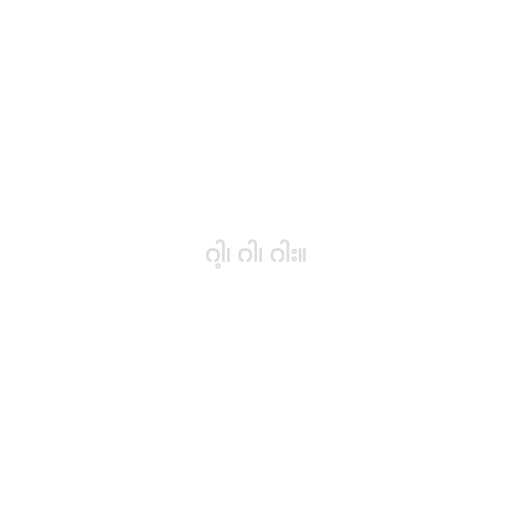
ဂါ့၊ ဂါ၊ ဂါး။